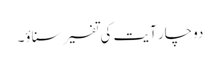
دوچار آیت کی تفسیر سناؤ۔